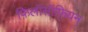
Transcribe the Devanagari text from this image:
फ़िलॉसॉफ़ियन